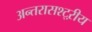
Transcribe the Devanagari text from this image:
अन्तरासश्ट्ऱीय